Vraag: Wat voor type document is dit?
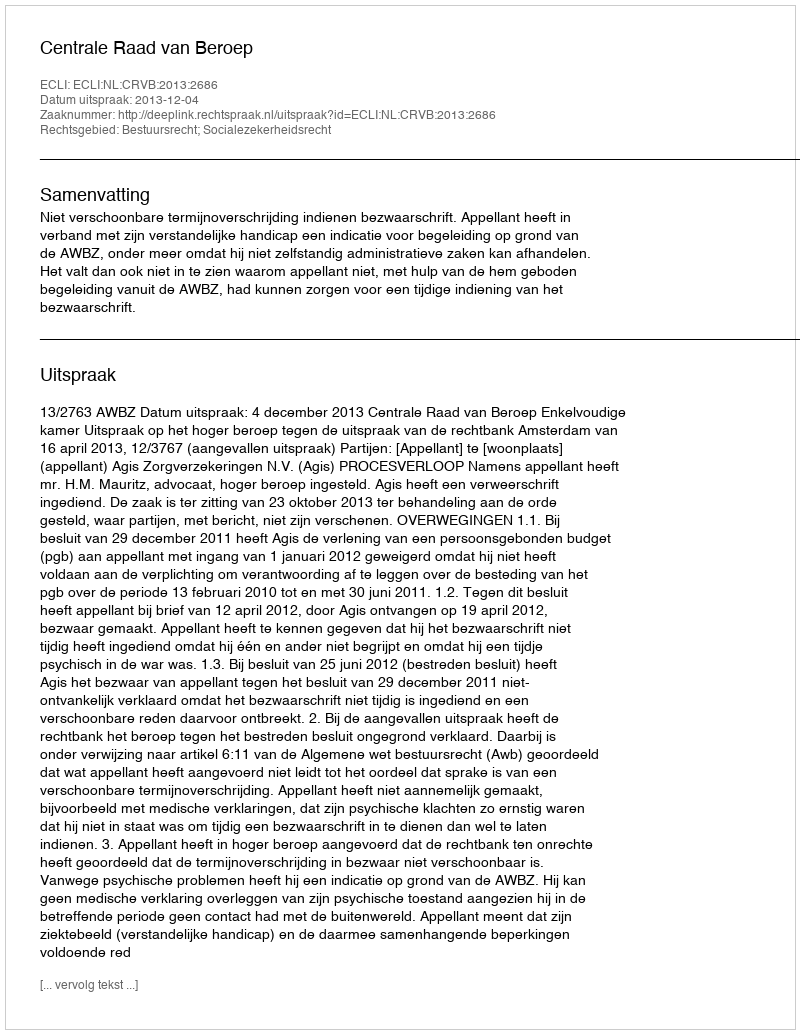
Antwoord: Uitspraak